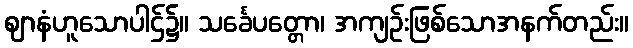
ဈာနံဟူသောပါဌ်၌။ သင်္ခေပတ္တော၊ အကျဉ်းဖြစ်သောအနက်တည်း။